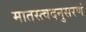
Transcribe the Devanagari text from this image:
मातस्त्वदनुसरणं